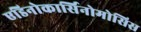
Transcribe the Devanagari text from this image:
एडिनोकार्सिनोमोसिस